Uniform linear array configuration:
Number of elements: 64
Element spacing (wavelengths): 0.5
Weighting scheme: blackman
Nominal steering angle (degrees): -60
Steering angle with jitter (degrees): -61.915
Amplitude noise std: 0.05
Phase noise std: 0.05

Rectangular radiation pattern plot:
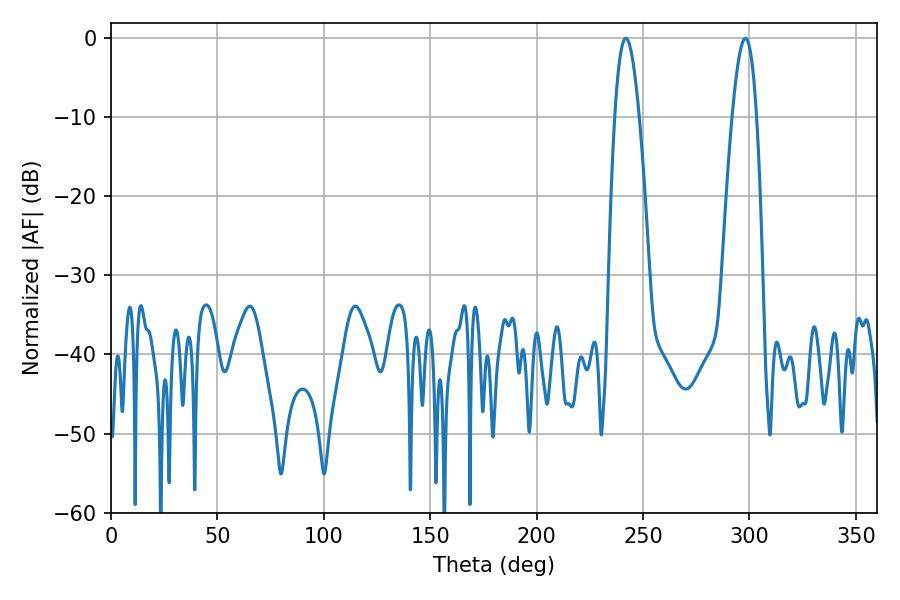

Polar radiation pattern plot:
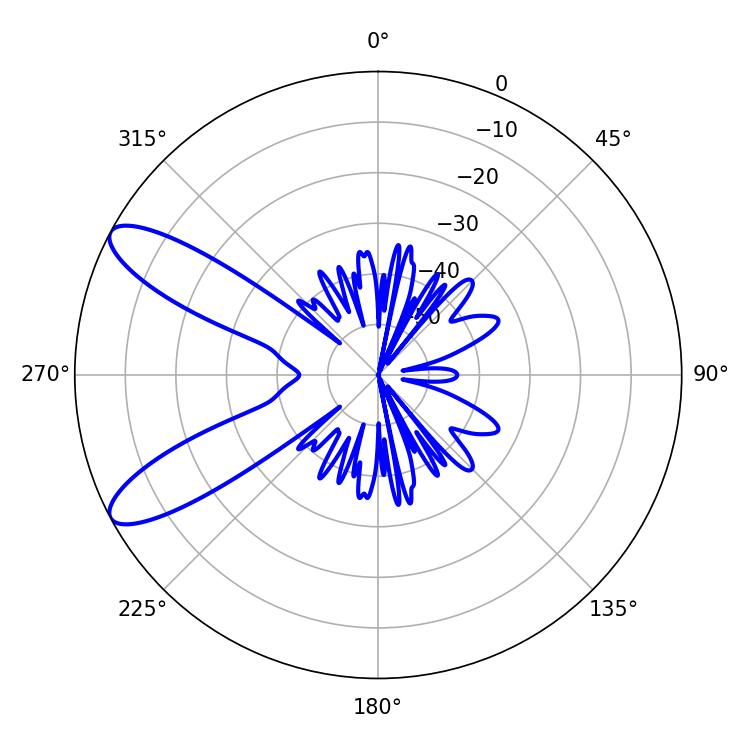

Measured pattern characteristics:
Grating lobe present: FALSE
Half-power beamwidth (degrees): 6.12
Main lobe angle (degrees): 241.92